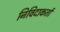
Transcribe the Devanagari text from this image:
निविदाकर्ता